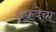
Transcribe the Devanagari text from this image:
अफवेचा